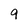
Character: 9